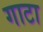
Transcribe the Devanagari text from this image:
गाटा